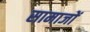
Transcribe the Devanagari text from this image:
सामाजों